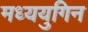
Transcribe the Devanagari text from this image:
मध्ययुगिन